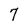
Character: 7